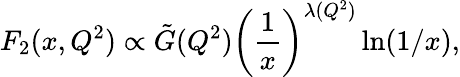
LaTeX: F_{2}(x,Q^{2})\propto\tilde{G}(Q^{2})\left(\frac{1}{x}\right)^{\lambda(Q^{2})}\ln(1/x),